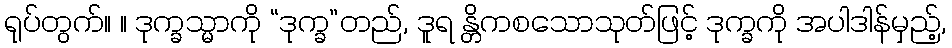
ရုပ်တွက်။ ။ ဒုက္ခသ္မာကို “ဒုက္ခ”တည်, ဒူရ န္တိကစသောသုတ်ဖြင့် ဒုက္ခကို အပါဒါန်မှည့်,